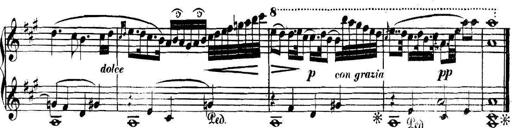
Title: Collected Piano Sonatas
Composer: Muzio Clementi